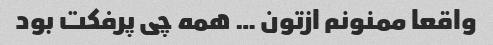
واقعا ممنونم ازتون … همه چی پرفکت بود